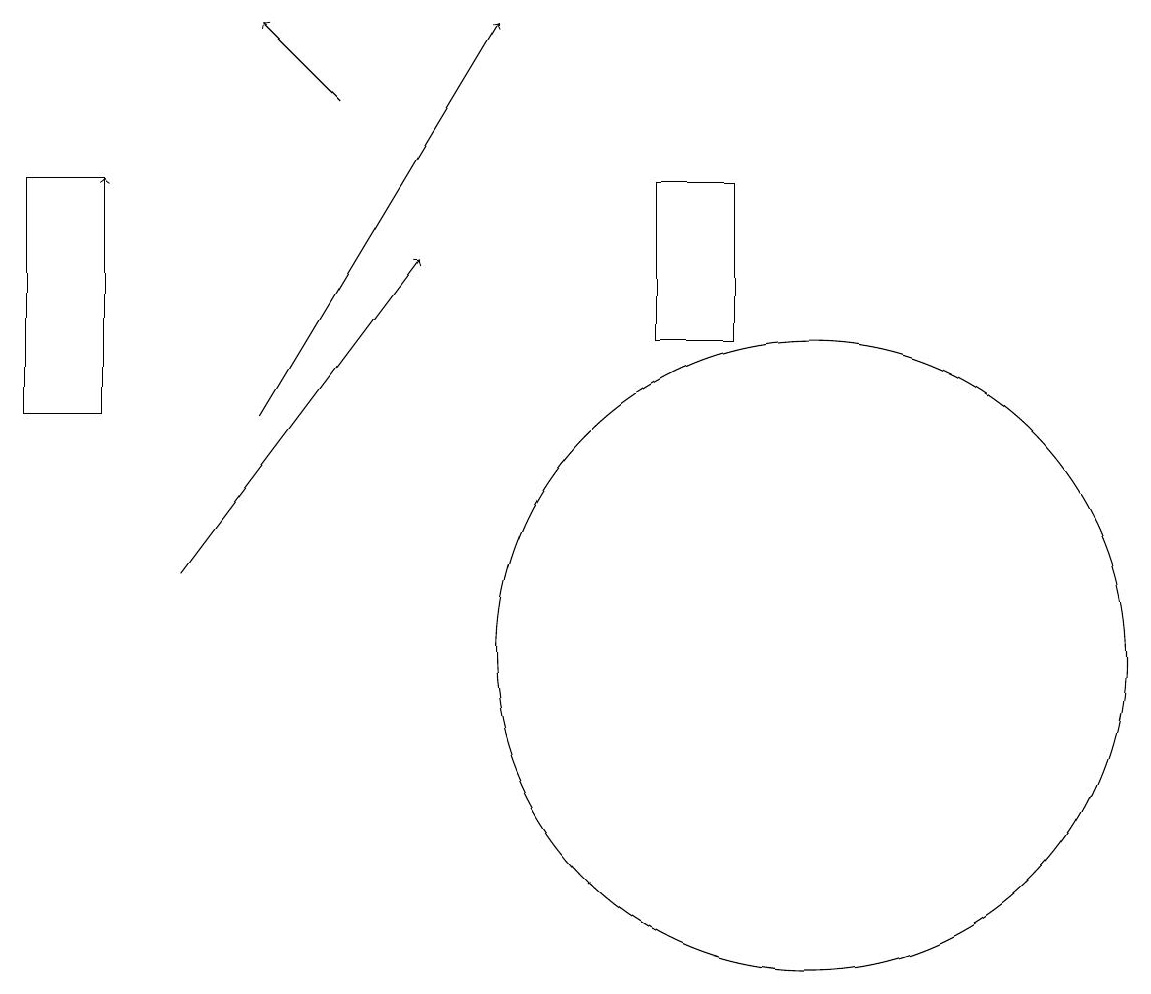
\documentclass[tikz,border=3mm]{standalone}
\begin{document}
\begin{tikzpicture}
\draw (10,11) circle (4);
\draw[->] (1,14) -- (1,17);
\draw[->] (3,14) -- (6,19);
\draw (1,17) rectangle (0,14);
\draw[->] (2,12) -- (5,16);
\draw[->] (4,18) -- (3,19);
\draw (8,15) rectangle (9,17);
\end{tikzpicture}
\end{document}